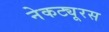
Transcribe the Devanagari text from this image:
नेकट्यूरस